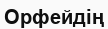
Орфейдің